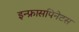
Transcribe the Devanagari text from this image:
इन्फ्रासपिनेटस